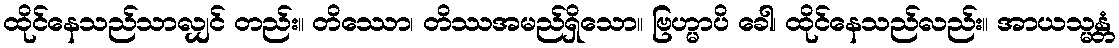
ထိုင်နေသည်သာလျှင် တည်း။ တိဿော၊ တိဿအမည်ရှိသော။ ဗြဟ္မာပိ ခေါ၊ ထိုင်နေသည်လည်း။ အာယသ္မန္တံ